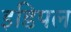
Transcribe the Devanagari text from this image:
इडिपल